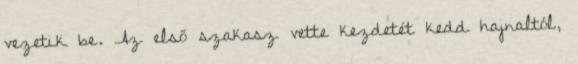
vezetik be. Az első szakasz vette kezdetét kedd hajnaltól,